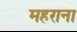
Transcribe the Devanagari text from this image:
महराना